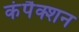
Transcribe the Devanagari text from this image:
कंपैक्शन